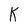
Character: K